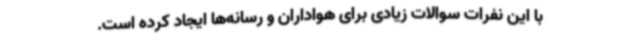
با این نفرات سوالات زیادی برای هواداران و رسانه‌ها ایجاد کرده است.